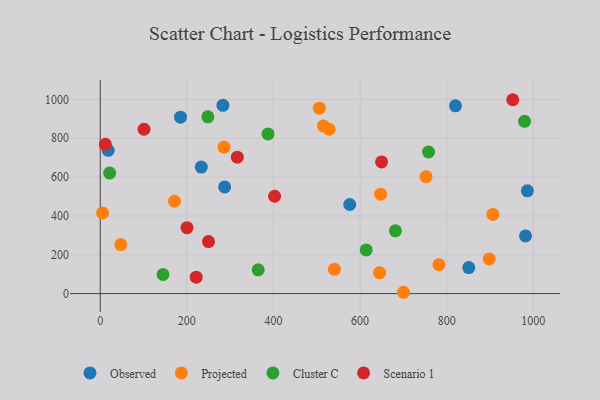
{"axis": {"x": "Speed", "y": "Salary"}, "legend": ["Cluster C", "Observed", "Projected", "Scenario 1"], "data": [{"x": "185.3", "y": 908.4, "type": "Observed"}, {"x": "981.9", "y": 296.9, "type": "Observed"}, {"x": "18.3", "y": 738.0, "type": "Observed"}, {"x": "287.2", "y": 549.4, "type": "Observed"}, {"x": "283.2", "y": 969.7, "type": "Observed"}, {"x": "850.9", "y": 133.8, "type": "Observed"}, {"x": "820.2", "y": 967.3, "type": "Observed"}, {"x": "576.0", "y": 459.0, "type": "Observed"}, {"x": "986.2", "y": 529.3, "type": "Observed"}, {"x": "233.3", "y": 651.8, "type": "Observed"}, {"x": "285.8", "y": 754.0, "type": "Projected"}, {"x": "47.4", "y": 252.3, "type": "Projected"}, {"x": "528.5", "y": 846.5, "type": "Projected"}, {"x": "171.5", "y": 475.7, "type": "Projected"}, {"x": "700.2", "y": 6.8, "type": "Projected"}, {"x": "906.6", "y": 407.5, "type": "Projected"}, {"x": "898.1", "y": 178.4, "type": "Projected"}, {"x": "644.9", "y": 107.7, "type": "Projected"}, {"x": "540.6", "y": 125.0, "type": "Projected"}, {"x": "515.3", "y": 863.4, "type": "Projected"}, {"x": "505.8", "y": 955.1, "type": "Projected"}, {"x": "647.4", "y": 512.0, "type": "Projected"}, {"x": "781.9", "y": 148.8, "type": "Projected"}, {"x": "5.5", "y": 415.6, "type": "Projected"}, {"x": "752.2", "y": 602.2, "type": "Projected"}, {"x": "248.5", "y": 910.6, "type": "Cluster C"}, {"x": "144.9", "y": 98.3, "type": "Cluster C"}, {"x": "387.4", "y": 822.5, "type": "Cluster C"}, {"x": "364.7", "y": 122.3, "type": "Cluster C"}, {"x": "21.8", "y": 620.8, "type": "Cluster C"}, {"x": "614.0", "y": 224.7, "type": "Cluster C"}, {"x": "979.7", "y": 887.3, "type": "Cluster C"}, {"x": "681.5", "y": 323.2, "type": "Cluster C"}, {"x": "758.0", "y": 729.2, "type": "Cluster C"}, {"x": "200.3", "y": 339.3, "type": "Scenario 1"}, {"x": "952.5", "y": 998.5, "type": "Scenario 1"}, {"x": "11.7", "y": 768.8, "type": "Scenario 1"}, {"x": "221.6", "y": 84.4, "type": "Scenario 1"}, {"x": "101.2", "y": 846.4, "type": "Scenario 1"}, {"x": "250.0", "y": 268.0, "type": "Scenario 1"}, {"x": "316.5", "y": 702.7, "type": "Scenario 1"}, {"x": "402.6", "y": 501.3, "type": "Scenario 1"}, {"x": "649.6", "y": 678.3, "type": "Scenario 1"}]}